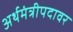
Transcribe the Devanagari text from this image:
अर्थमंत्रीपदावर